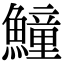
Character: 𩻡